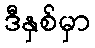
ဒီနှစ်မှာ